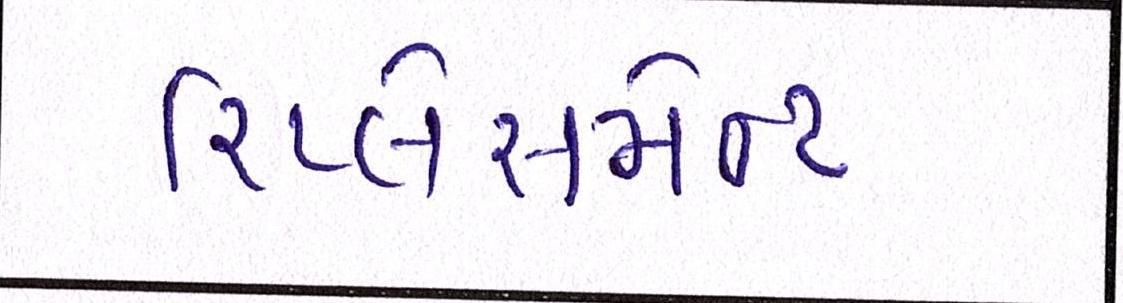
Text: રિપ્લેસમેન્ટ